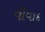
વીવાદ